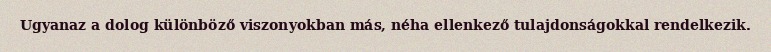
Ugyanaz a dolog különböző viszonyokban más, néha ellenkező tulajdonságokkal rendelkezik.